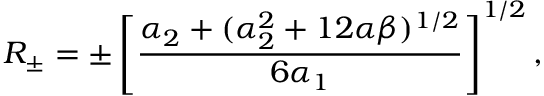
R _ { \pm } = \pm \left[ \frac { \alpha _ { 2 } + ( \alpha _ { 2 } ^ { 2 } + 1 2 \alpha \beta ) ^ { 1 / 2 } } { 6 \alpha _ { 1 } } \right] ^ { 1 / 2 } ,